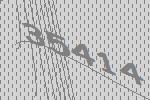
35414